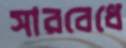
সারবেধে